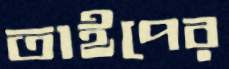
তাইপের